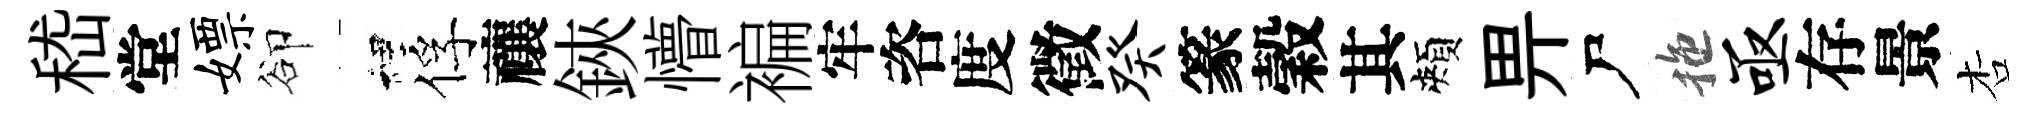
嵇堂嫖卻裡俘禳鋏懵褊牢咨度徵癸篆穀其頰畀尸拖亟存景杏